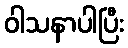
ဝါသနာပါပြီး